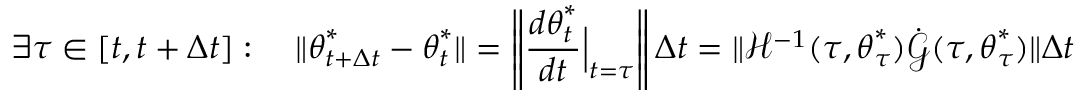
\exists \tau \in [ t , t + \Delta t ] : \quad \lVert { \boldsymbol { \theta } } _ { t + \Delta t } ^ { * } - { \boldsymbol { \theta } } _ { t } ^ { * } \rVert = \left\lVert \frac { d { \boldsymbol { \theta } } _ { t } ^ { * } } { d t } \Big | _ { t = \tau } \right\rVert \Delta t = \lVert \mathcal { H } ^ { - 1 } ( \tau , { \boldsymbol { \theta } } _ { \tau } ^ { * } ) \dot { \boldsymbol { \mathcal { G } } } ( \tau , { \boldsymbol { \theta } } _ { \tau } ^ { * } ) \rVert \Delta t